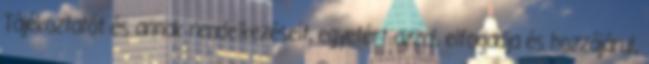
Tájékoztatót és annak rendelkezéseit, egyetért azzal, elfogadja és hozzájárul,